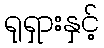
ရုရှားနှင့်